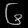
Digit: ၆